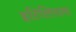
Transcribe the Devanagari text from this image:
इटिलियाना